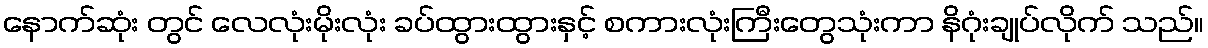
နောက်ဆုံး တွင် လေလုံးမိုးလုံး ခပ်ထွားထွားနှင့် စကားလုံးကြီးတွေသုံးကာ နိဂုံးချုပ်လိုက် သည်။